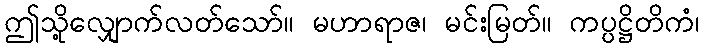
ဤသို့လျှောက်လတ်သော်။ မဟာရာဇ၊ မင်းမြတ်။ ကပ္ပဋ္ဌိတိကံ၊